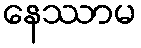
နေဿာမ